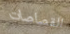
القصاصات